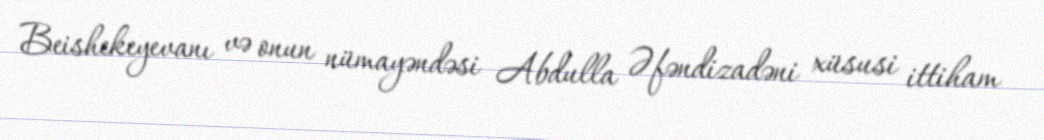
Beishekeyevanı və onun nümayəndəsi Abdulla Əfəndizadəni xüsusi ittiham